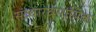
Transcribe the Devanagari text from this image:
संव्यारवसायिक